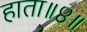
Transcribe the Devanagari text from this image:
हाता॥४॥